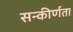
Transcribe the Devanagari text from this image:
सन्कीर्णता